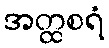
အတ္ထစရံ